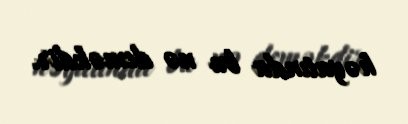
həyatında bu nə deməkdir.